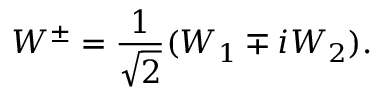
W ^ { \pm } = { \frac { 1 } { \sqrt { 2 } } } ( W _ { 1 } \mp i W _ { 2 } ) .